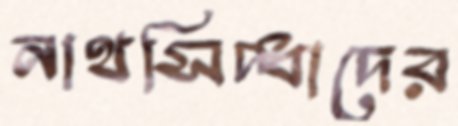
নাথসিদ্ধাদের